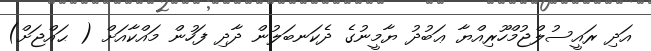
އަދި ރައީސުލްޖުމްހޫރިއްޔާ ޢަބުދު ޔާމީނުގެ ދެކަނބަލުން ދާދި ފަހުން މައްކާއަށް ( ޙައްޖަށް)